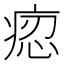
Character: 𤶝